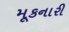
મૂકનારી